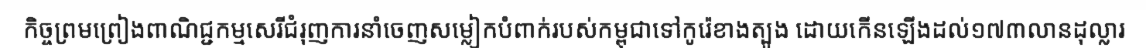
កិច្ចព្រមព្រៀងពាណិជ្ជកម្មសេរីជំរុញការនាំចេញសម្លៀកបំពាក់របស់កម្ពុជាទៅកូរ៉េខាងត្បូង ដោយកើនឡើងដល់១៧៣លានដុល្លារ